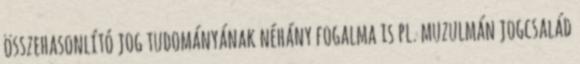
összehasonlító jog tudományának néhány fogalma is pl. muzulmán jogcsalád